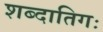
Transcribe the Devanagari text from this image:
शब्दातिगः